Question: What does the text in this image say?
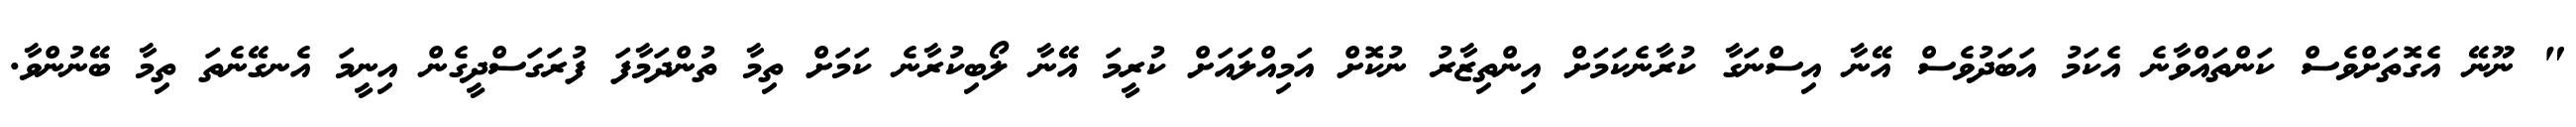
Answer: " ނޫނޭ އެގޮތަށްވެސް ކަންތައްވާނެ އެކަމު އަބަދުވެސް އޭނާ އިސްނަގާ ކުރާނެކަމަށް އިންތިޒާރު ނުކޮށް އަމިއްލައަށް ކުރީމަ އޭނާ ލޯބިކުރާނެ ކަމަށް ތިމާ ތުންދަމާފަ ފުރަގަސްދީގެން އިނީމަ އެނގޭނެތަ ތިމާ ބޭނުންވާ.